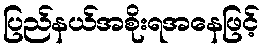
ပြည်နယ်အစိုးရအနေဖြင့်